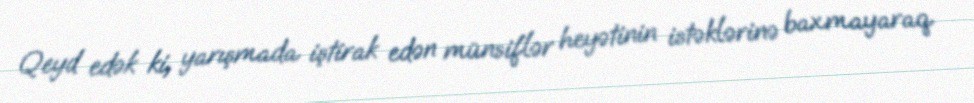
Qeyd edək ki, yarışmada iştirak edən münsiflər heyətinin istəklərinə baxmayaraq